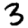
Digit: 3